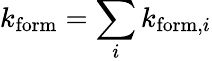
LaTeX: k_{\mathrm{form}}=\sum_{i}k_{\mathrm{form},i}